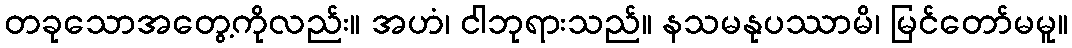
တခုသောအတွေ့ကိုလည်း။ အဟံ၊ ငါဘုရားသည်။ နသမနုပဿာမိ၊ မြင်တော်မမူ။